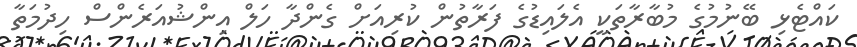
ކައްޓެޅި ބޭނުމުގެ މުބާރާތަކީ އެލައިޑުގެ ފަރާތުން ކުރިއަށް ގެންދާ ހަލް އިންޝުއަރެންސް ހިދުމަތާ